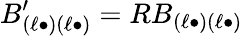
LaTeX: B_{(\ell\bullet)(\ell\bullet)}^{\prime}=RB_{(\ell\bullet)(\ell\bullet)}